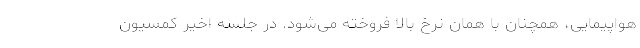
هواپیمایی، همچنان با همان نرخ بالا فروخته می‌شود. در جلسه اخیر کمسیون